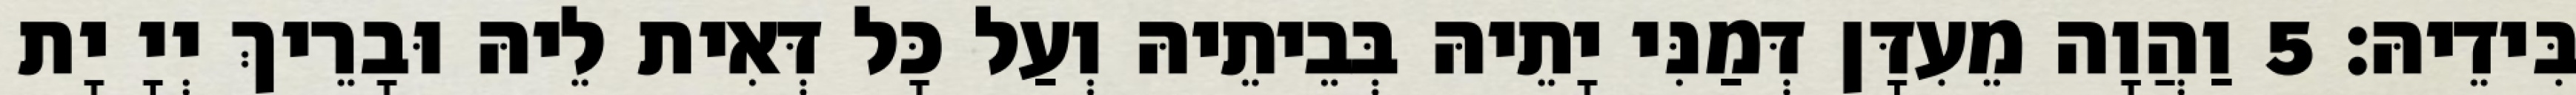
בִּידֵיהּ׃ 5 וַהֲוָה מֵעִדָּן דְּמַנִּי יָתֵיהּ בְּבֵיתֵיהּ וְעַל כָּל דְּאִית לֵיהּ וּבָרֵיךְ יְיָ יָת